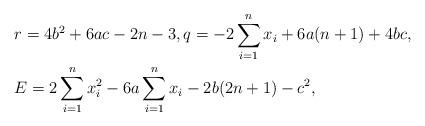
LaTeX: \begin{align*} & r = 4b^2 + 6ac - 2n - 3, q = -2 \sum_{i=1}^n x_i + 6a(n+1) + 4bc, \\ & E = 2 \sum_{i=1}^n x_i^2 - 6a \sum_{i=1}^n x_i - 2b(2n+1) - c^2,\end{align*}